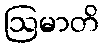
ဩမာတိ